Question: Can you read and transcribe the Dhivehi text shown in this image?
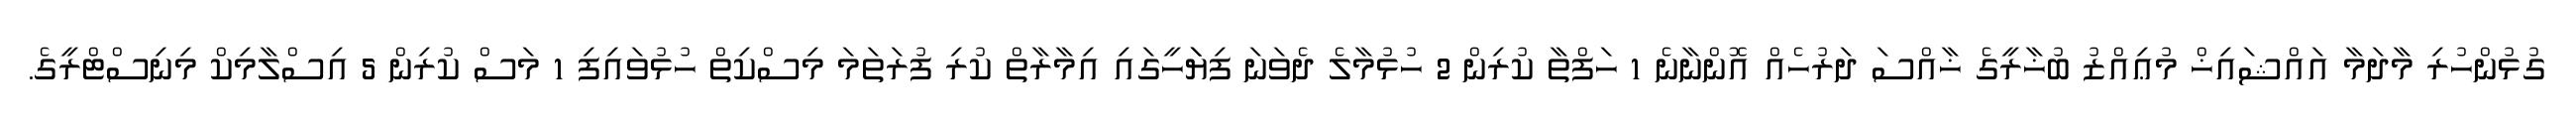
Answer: ގުޅުންހުރި މާދަމާ އައްޝައިޚް މުޢިއްޒު ބުޚާރީގެ ޚާއްސަ ދަރުހެއް އޮންނާނެ 1 ހަފްތާ ކުރިން 2 ހުޅުމާލެ ދެވަނަ ފިޔަަހީގައި އިމާރާތް ކުރި ފުރަތަމަ މިސްކިތް ހުޅުވައިފި 1 މަސް ކުރިން 5 އިސްލާމިކް މިނިސްޓްރީގެ.